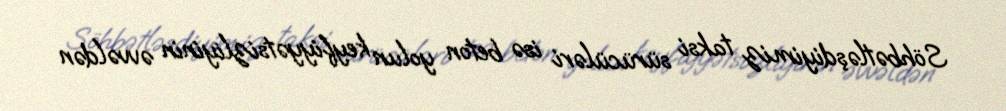
Söhbətləşdiyimiz taksi sürücüləri isə beton yolun keyfiyyətsizliyinin əvvəldən